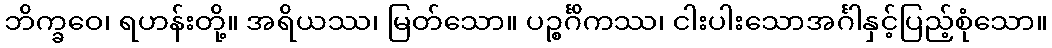
ဘိက္ခဝေ၊ ရဟန်းတို့။ အရိယဿ၊ မြတ်သော။ ပဉ္စင်္ဂိကဿ၊ ငါးပါးသောအင်္ဂါနှင့်ပြည့်စုံသော။